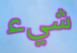
شيء